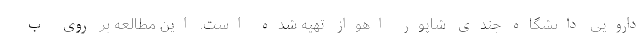
دارویی دانشگاه جندی شاپور اهواز تهیه شده است. این مطالعه بر روی ب